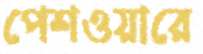
পেশওয়ারে